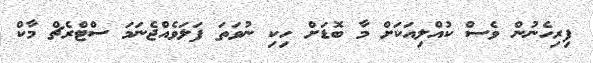
ފިރިހެނުން ވެސް ކުއްލިއަކަށް މާ ބޮޑަށް ހިކި ނުވަތަ ފަލަވެއްޖެނަމަ ސްޓްރެޗް މާކް